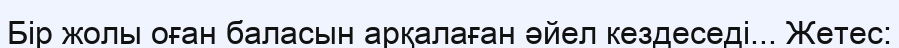
Бір жолы оған баласын арқалаған әйел кездеседі... Жетес: